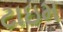
ટાઇમ